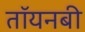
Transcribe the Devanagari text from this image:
तॉयनबी